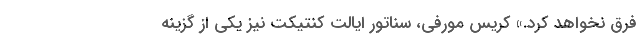
فرق نخواهد کرد.» کریس مورفی، سناتور ایالت کنتیکت نیز یکی از گزینه